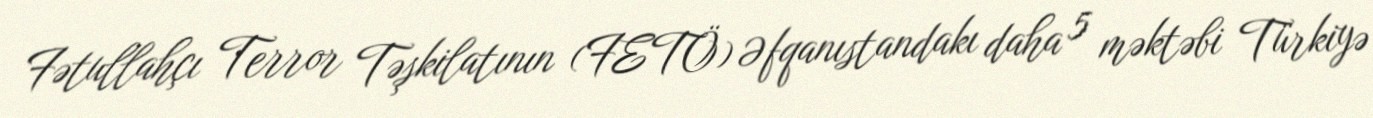
Fətullahçı Terror Təşkilatının (FETÖ) Əfqanıstandakı daha 5 məktəbi Türkiyə